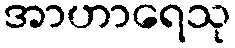
အာဟာရေသု